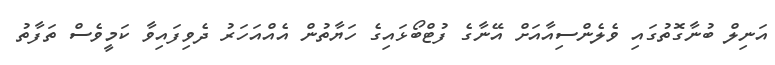
އަނިލް ބުނާގޮތުގައި ވެލެންސިއާއަށް އޭނާގެ ފުޓްބޯޅައިގެ ހަޔާތުން އެއްއަހަރު ދެވިފައިވާ ކަމީވެސް ތަފާތު